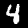
Label: 4